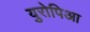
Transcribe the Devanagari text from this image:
युरोपिआ